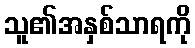
သူ၏အနှစ်သာရကို